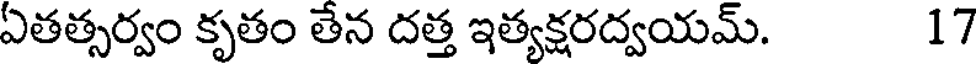
ఏతత్సర్వం కృతం తేన దత్త ఇత్యక్షరద్వయమ్. 17